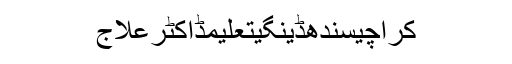
کراچیسندھڈینگیتعلیمڈاکٹرعلاج